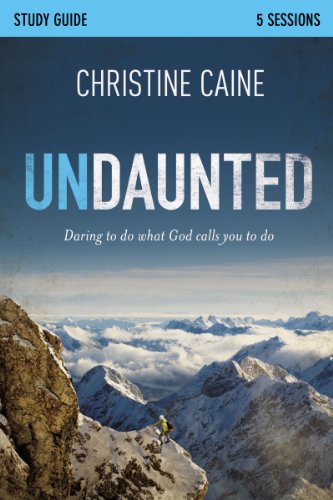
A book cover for Undaunted Study Guide: Daring to Do What God Calls You to Do; Christine Caine; Christian Books & Bibles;